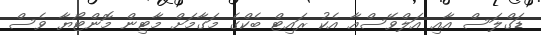
ޑަގްލަސް އާއި އަލްވޭސްއާ އެކު ރައިޓް ބެކްގެ މަގާމަށް މާޓިން މޮންޓޯޔާ ވެސް